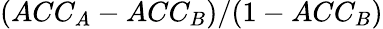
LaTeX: (ACC_{A}-ACC_{B})/(1-ACC_{B})